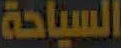
السياحة